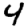
Digit: 4